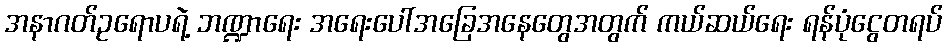
အနာဂတ်ဥရောပရဲ့ ဘဏ္ဍာရေး အရေးပေါ်အခြေအနေတွေအတွက် ကယ်ဆယ်ရေး ရန်ပုံငွေတရပ်